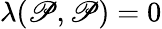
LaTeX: \lambda(\mathscr{P},\mathscr{P})=0